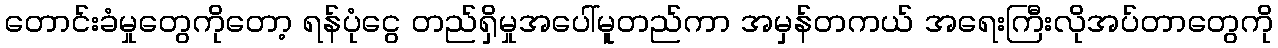
တောင်းခံမှုတွေကိုတော့ ရန်ပုံငွေ တည်ရှိမှုအပေါ်မူတည်ကာ အမှန်တကယ် အရေးကြီးလိုအပ်တာတွေကို